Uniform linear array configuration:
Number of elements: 16
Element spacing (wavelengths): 0.75
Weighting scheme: kaiser
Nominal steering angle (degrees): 30
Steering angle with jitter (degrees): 30.167
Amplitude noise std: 0.05
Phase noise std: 0.05

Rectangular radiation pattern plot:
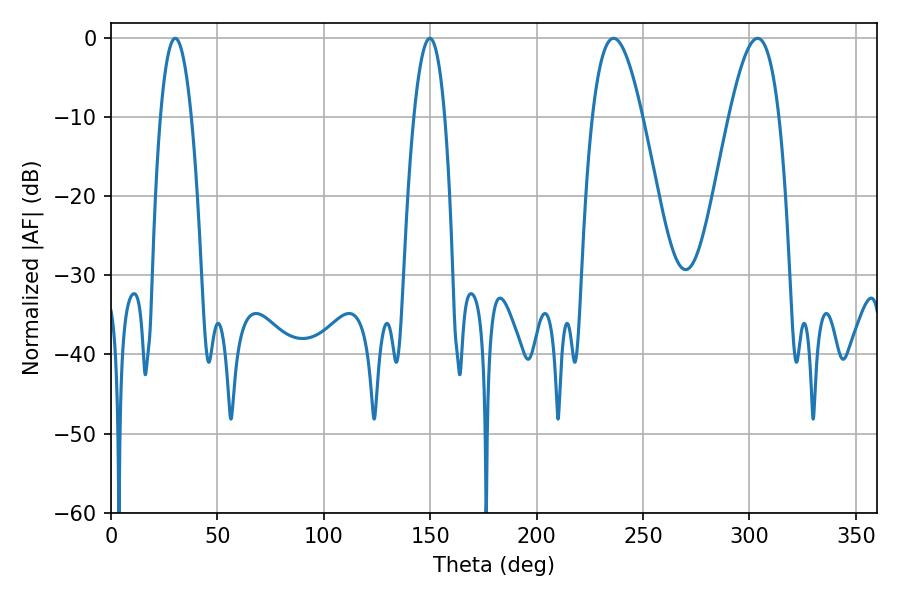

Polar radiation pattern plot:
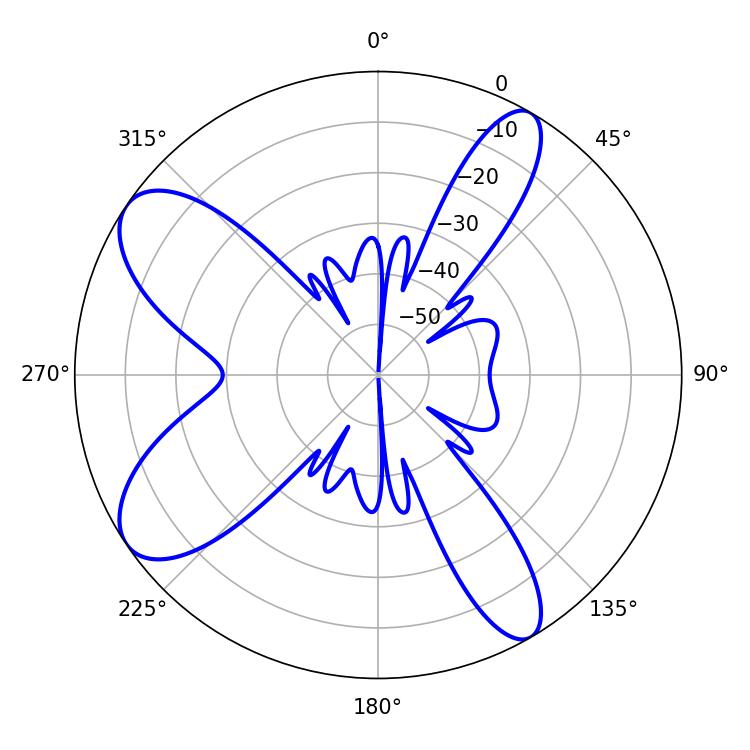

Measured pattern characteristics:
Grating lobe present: TRUE
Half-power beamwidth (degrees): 12.6
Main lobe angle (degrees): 303.84